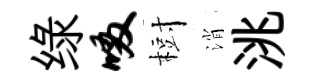
绿啜𣗳消洮